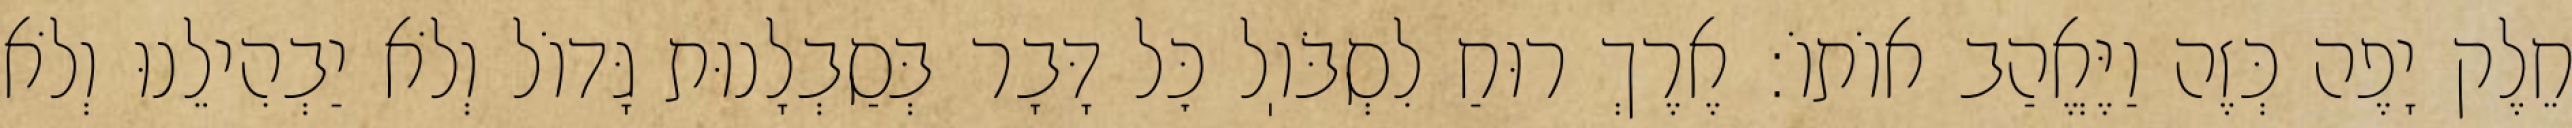
חֵלֶק יָפֶה כְּזֶה וַיֶּאֱהַב אוֹתוֹ: אֶרֶךְ רוּחַ לִסְבֹּוֽל כׇּל דָּבָר בְּסַבְלָנוּת גָּדוֹל וְלֹא יַבְהִילֵנוּ וְלֹא